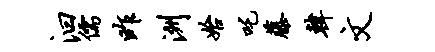
汩儒昨洲始吒藤韩文